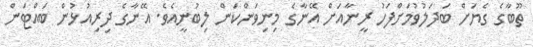
ތޫބާގެ ގެޔަށް ބަދަލުވުމަށްފަހު ރީނާއަށް އޭނާގެ މިނިވަންކަން ލިބުނީއެވެ. އޭނާގެ ދިރިއުޅުން ބައްޓަން